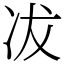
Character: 冹